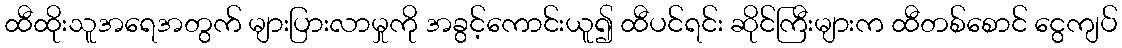
ထီထိုးသူအရေအတွက် များပြားလာမှုကို အခွင့်ကောင်းယူ၍ ထီပင်ရင်း ဆိုင်ကြီးများက ထီတစ်စောင် ငွေကျပ်